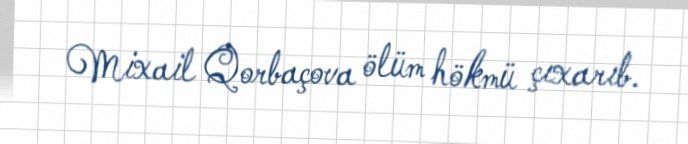
Mixail Qorbaçova ölüm hökmü çıxarıb.